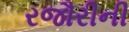
રજૌરીની